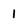
Character: 1